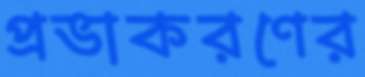
প্রভাকরণের